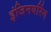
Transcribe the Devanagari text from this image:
इंजिनयरिंग